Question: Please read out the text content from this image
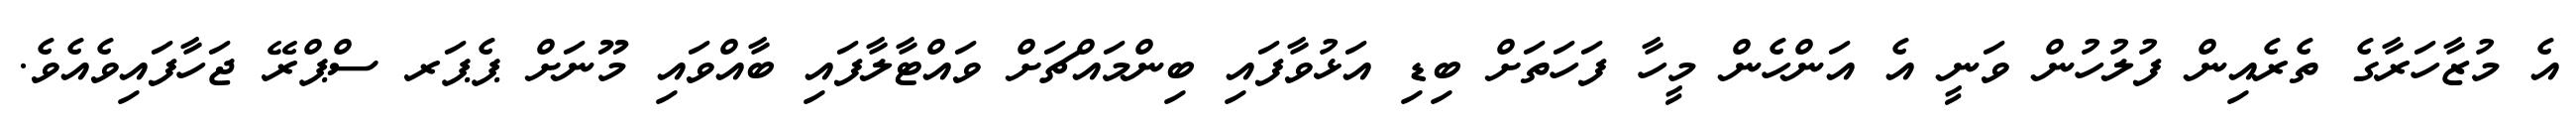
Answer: އެ މުޒާހަރާގެ ތެރެއިން ފުލުހުން ވަނީ އެ އަންހެން މީހާ ފަހަތަށް ބިޑި އަޅުވާފައި ބިންމައްޗަށް ވައްޓާލާފައި ބާއްވައި މޫނަށް ޕެޕަރ ސްޕްރޭ ޖަހާފައިވެއެވެ.